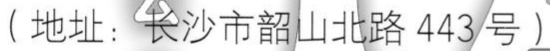
（地址：长沙市韶山北路 443 号）